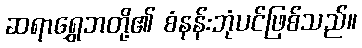
ဆရာရွှေဘတို့၏ စံနန်းဘုံပင်ဖြစ်သည်။